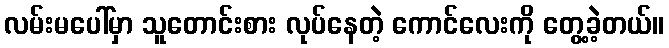
လမ်းမပေါ်မှာ သူတောင်းစား လုပ်နေတဲ့ ကောင်လေးကို တွေ့ခဲ့တယ်။